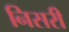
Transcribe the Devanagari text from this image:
निसरी